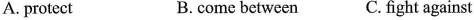
A. protect B.come between C.fight against